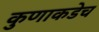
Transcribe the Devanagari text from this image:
कुणाकडेच